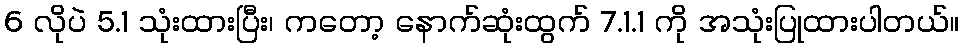
6 လိုပဲ 5.1 သုံးထားပြီး၊ ကတော့ နောက်ဆုံးထွက် 7.1.1 ကို အသုံးပြုထားပါတယ်။